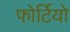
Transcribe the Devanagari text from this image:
फोर्टियो